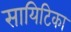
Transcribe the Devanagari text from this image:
सायिटिका